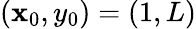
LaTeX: (\mathbf{x}_{0},y_{0})=(1,L)